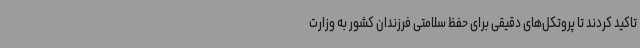
تاکید کردند تا پروتکل‌های دقیقی برای حفظ سلامتی فرزندان کشور به وزارت